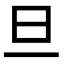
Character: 旦